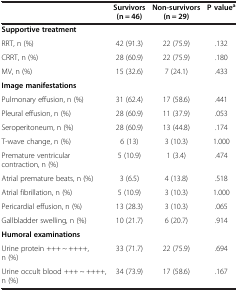
<table><thead><tr><td><b> </b></td><td><b>Survivors (n = 46)</b></td><td><b>Non-survivors (n = 29)</b></td><td><b>P value<sup>a</sup></b></td></tr></thead><tbody><tr><td><b>Supportive treatment</b></td><td> </td><td> </td><td> </td></tr><tr><td>RRT, n (%)</td><td>42 (91.3)</td><td>22 (75.9)</td><td>.132</td></tr><tr><td>CRRT, n (%)</td><td>28 (60.9)</td><td>22 (75.9)</td><td>.180</td></tr><tr><td>MV, n (%)</td><td>15 (32.6)</td><td>7 (24.1)</td><td>.433</td></tr><tr><td><b>Image manifestations</b></td><td> </td><td> </td><td> </td></tr><tr><td>Pulmonary effusion, n (%)</td><td>31 (62.4)</td><td>17 (58.6)</td><td>.441</td></tr><tr><td>Pleural effusion, n (%)</td><td>28 (60.9)</td><td>11 (37.9)</td><td>.053</td></tr><tr><td>Seroperitoneum, n (%)</td><td>28 (60.9)</td><td>13 (44.8)</td><td>.174</td></tr><tr><td>T-wave change, n (%)</td><td>6 (13)</td><td>3 (10.3)</td><td>1.000</td></tr><tr><td>Premature ventricular contraction, n (%)</td><td>5 (10.9)</td><td>1 (3.4)</td><td>.474</td></tr><tr><td>Atrial premature beats, n (%)</td><td>3 (6.5)</td><td>4 (13.8)</td><td>.518</td></tr><tr><td>Atrial fibrillation, n (%)</td><td>5 (10.9)</td><td>3 (10.3)</td><td>1.000</td></tr><tr><td>Pericardial effusion, n (%)</td><td>13 (28.3)</td><td>3 (10.3)</td><td>.065</td></tr><tr><td>Gallbladder swelling, n (%)</td><td>10 (21.7)</td><td>6 (20.7)</td><td>.914</td></tr><tr><td><b>Humoral examinations</b></td><td> </td><td> </td><td> </td></tr><tr><td>Urine protein +++ ~ ++++, n (%)</td><td>33 (71.7)</td><td>22 (75.9)</td><td>.694</td></tr><tr><td>Urine occult blood +++ ~ ++++, n (%)</td><td>34 (73.9)</td><td>17 (58.6)</td><td>.167</td></tr></tbody></table>